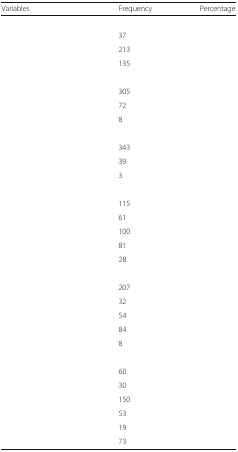
<table><thead><tr><td><b>Variables</b></td><td><b>Frequency</b></td><td><b>Percentage</b></td></tr></thead><tbody><tr><td colspan="3">[EMPTY_CELL]</td></tr><tr><td>[EMPTY_CELL]</td><td>37</td><td>[EMPTY_CELL]</td></tr><tr><td>[EMPTY_CELL]</td><td>213</td><td>[EMPTY_CELL]</td></tr><tr><td>[EMPTY_CELL]</td><td>135</td><td>[EMPTY_CELL]</td></tr><tr><td colspan="3">[EMPTY_CELL]</td></tr><tr><td>[EMPTY_CELL]</td><td>305</td><td>[EMPTY_CELL]</td></tr><tr><td>[EMPTY_CELL]</td><td>72</td><td>[EMPTY_CELL]</td></tr><tr><td>[EMPTY_CELL]</td><td>8</td><td>[EMPTY_CELL]</td></tr><tr><td colspan="3">[EMPTY_CELL]</td></tr><tr><td>[EMPTY_CELL]</td><td>343</td><td>[EMPTY_CELL]</td></tr><tr><td>[EMPTY_CELL]</td><td>39</td><td>[EMPTY_CELL]</td></tr><tr><td>[EMPTY_CELL]</td><td>3</td><td>[EMPTY_CELL]</td></tr><tr><td colspan="3">[EMPTY_CELL]</td></tr><tr><td>[EMPTY_CELL]</td><td>115</td><td>[EMPTY_CELL]</td></tr><tr><td>[EMPTY_CELL]</td><td>61</td><td>[EMPTY_CELL]</td></tr><tr><td>[EMPTY_CELL]</td><td>100</td><td>[EMPTY_CELL]</td></tr><tr><td>[EMPTY_CELL]</td><td>81</td><td>[EMPTY_CELL]</td></tr><tr><td>[EMPTY_CELL]</td><td>28</td><td>[EMPTY_CELL]</td></tr><tr><td colspan="3">[EMPTY_CELL]</td></tr><tr><td>[EMPTY_CELL]</td><td>207</td><td>[EMPTY_CELL]</td></tr><tr><td>[EMPTY_CELL]</td><td>32</td><td>[EMPTY_CELL]</td></tr><tr><td>[EMPTY_CELL]</td><td>54</td><td>[EMPTY_CELL]</td></tr><tr><td>[EMPTY_CELL]</td><td>84</td><td>[EMPTY_CELL]</td></tr><tr><td>[EMPTY_CELL]</td><td>8</td><td>[EMPTY_CELL]</td></tr><tr><td colspan="3">[EMPTY_CELL]</td></tr><tr><td>[EMPTY_CELL]</td><td>60</td><td>[EMPTY_CELL]</td></tr><tr><td>[EMPTY_CELL]</td><td>30</td><td>[EMPTY_CELL]</td></tr><tr><td>[EMPTY_CELL]</td><td>150</td><td>[EMPTY_CELL]</td></tr><tr><td>[EMPTY_CELL]</td><td>53</td><td>[EMPTY_CELL]</td></tr><tr><td>[EMPTY_CELL]</td><td>19</td><td>[EMPTY_CELL]</td></tr><tr><td>[EMPTY_CELL]</td><td>73</td><td>[EMPTY_CELL]</td></tr></tbody></table>